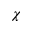
\chi